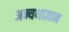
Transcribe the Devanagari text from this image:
अन्यथाज्ञान